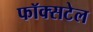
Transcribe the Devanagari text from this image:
फॉक्‍सटेल